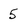
Character: 5